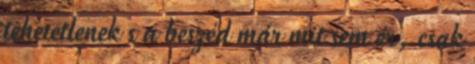
tehetetlenek s a beszéd már mit sem ér, csak